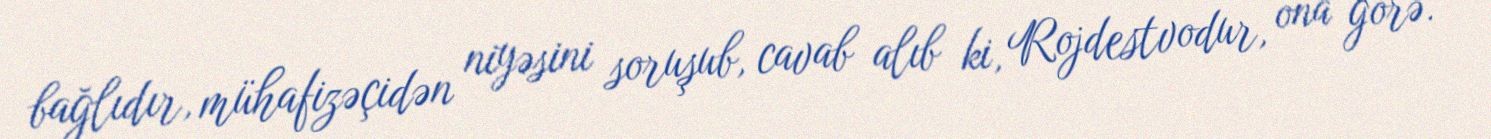
bağlıdır, mühafizəçidən niyəsini soruşub, cavab alıb ki, Rojdestvodur, ona görə.